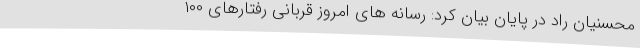
محسنیان راد در پایان بیان کرد: رسانه های امروز قربانی رفتارهای ۱۰۰